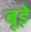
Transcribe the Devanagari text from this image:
बूड़े